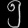
Digit: ၅